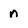
Character: n